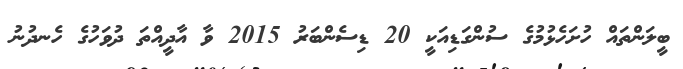
ބީލަންތައް ހުށަހެޅުމުގެ ސުންގަޑިއަކީ 20 ޑިސެންބަރު 2015 ވާ އާދީއްތަ ދުވަހުގެ ހެނދުނު